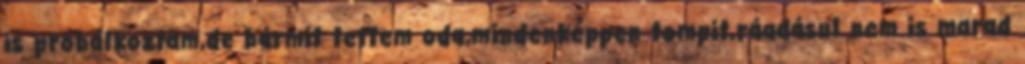
is próbálkoztam,de bármit tettem oda,mindenképpen tompit,ráadásul nem is marad